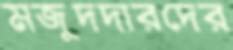
মজুদদারদের